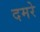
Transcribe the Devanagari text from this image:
दमरे